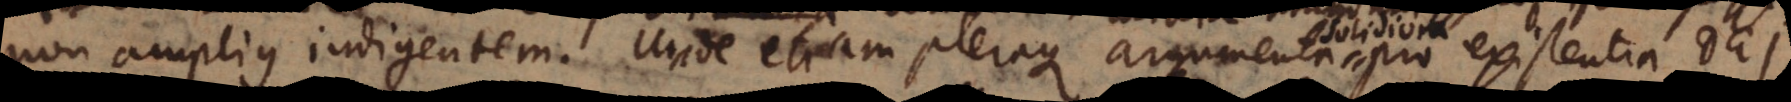
non amplius indigentem. Unde etiam pleraque argumenta pro existentia De